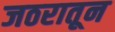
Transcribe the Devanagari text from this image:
जठरातून